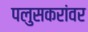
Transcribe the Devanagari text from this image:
पलुसकरांवर